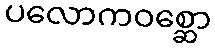
ပလောကဝစ္ဆော